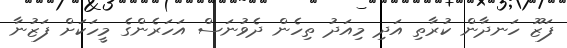
ފަޒޫ ހަނދާން ކުރާތި އަދި މިއަދު ތިހެން ދެވުނަސް އަހަރެންގެ މީހަކަށް ފަޒުނާ